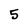
Character: 5